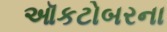
ઑકટોબરના